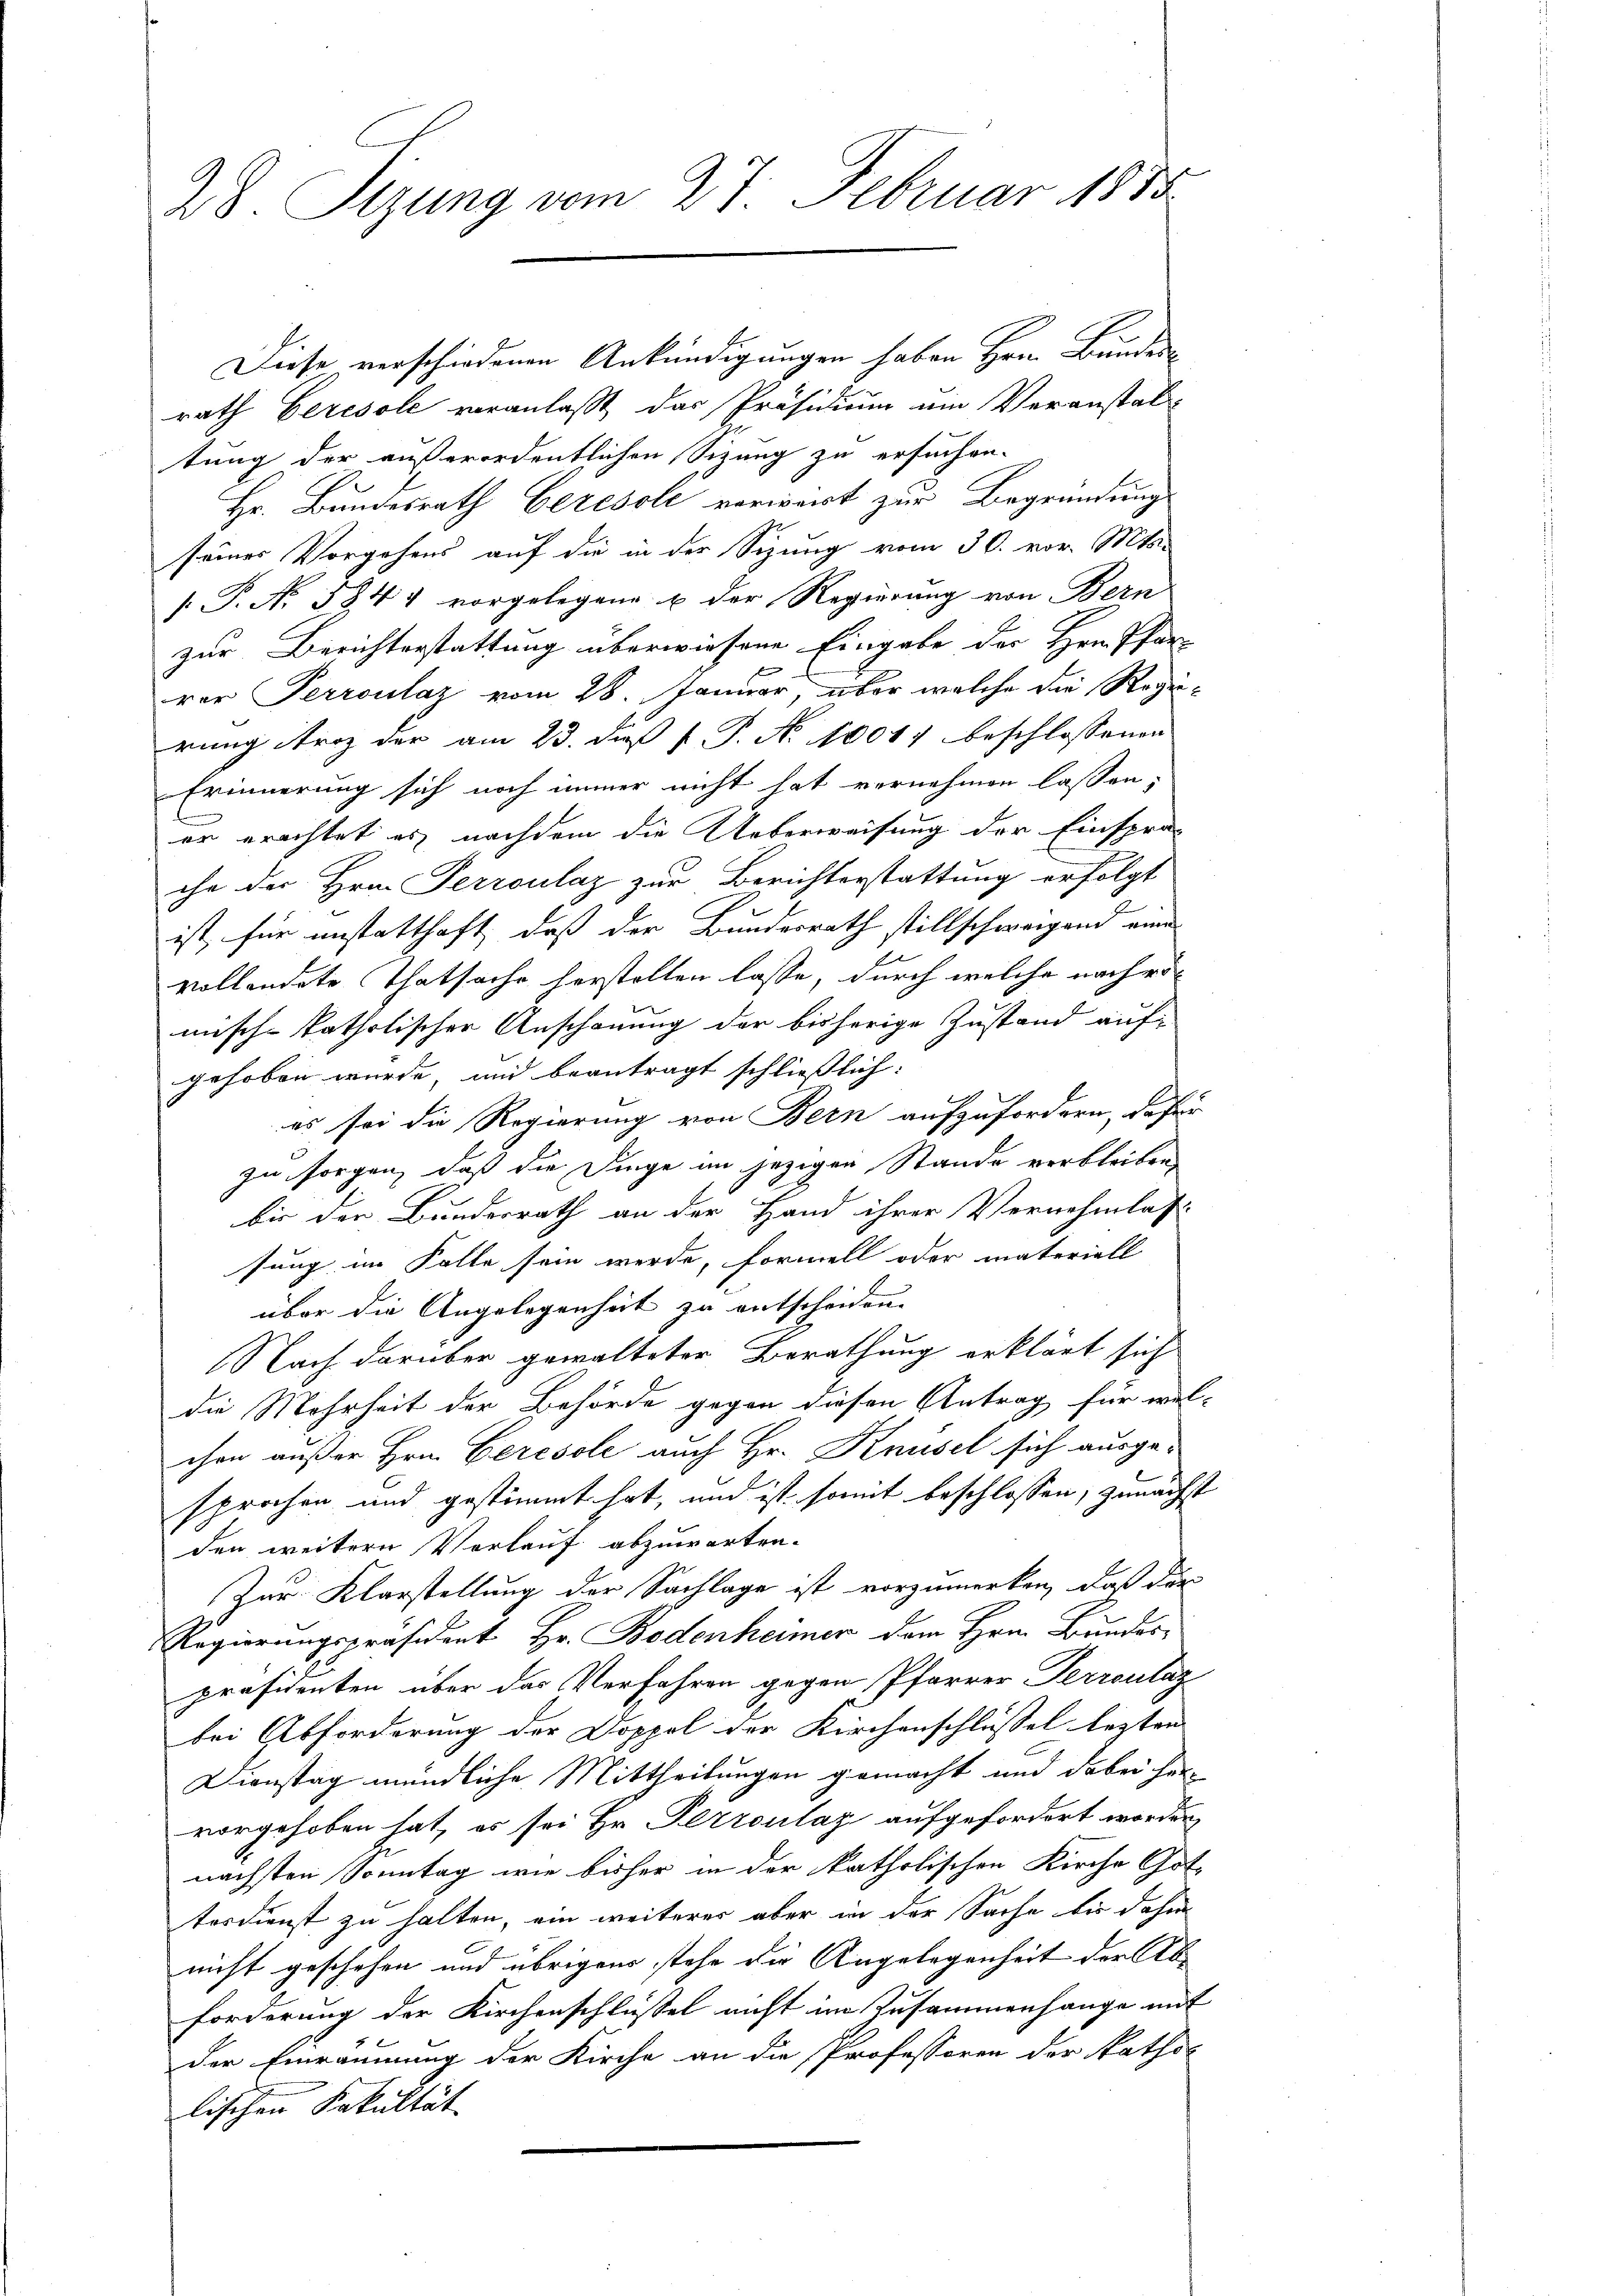
28. Sizung vom 27. Februar 1885.

Diese verschiedenen Ankündigungen haben Hrn. Bundes-
rath beresole veranlaßt, das Präsidium um Veranstal-
tung der außerordentlichen Sizung zu ersuchen.
Hr. Bundesrath Ceresoll verwert zur Begründung
seines Vorgehens auf die in der Sizung vom 30. vor. Mts.
[ P. Nr. 5844 vorgelegene & der Regierung von Bern
zur Berichterstattung überwiesene Eingabe der Hrn. Pfarrer Perroulaz vom 28. Januar, über welche die Regierung trotz der am 23. daß P. P. No 10017 beschlossenen
Erinnerung sich noch immer nicht hat vernehmen lassen;
er erachtet es nachdem die Ueberweisung der Einspra-
che der Hrn. Perroulaz zur Berichterstattung erfolgt
2
ist, für anstatthaft, daß der Bundesrath stillschweigen ein
vollendete Thatsache herstalten lasse, durch welche nach römisch-katholischer Anschauung der bisherige Zustand aufgehoben wurde, und beantragt schließlich:
es sei die Regierung von Bern aufzufordern, dafür
zu sorgen, daß die Finge im jezigen Stande verbleiben,
bis der Bundesrath an der Hand ihrer Vernehmlass
sung im Falle sein werde, formell oder materiell
über die Angelegenheit zu entscheiden.
Nach darüber gewalteter Berathung erklärt sich
die Mehrheit der Behörde gegen diesen Antrag für wel-
chen außer Hrn. Ceresole auch Hr. Knüsel sich ausgesprochen und gestimmt hat, und ist somit beschlossen, zunächst
den weitern Vorlauf abzuwarten.
Zur Klarstellung der Sachlage ist vorzumerken, daß die
Regierungspräsident Hr. Bodenheimer dem Hrn. Bundes-
präsidenten über das Verfahren gegen Pfarrer Perroulaz
bei Abforderung der Doppel der Kirchenschlüssel legten
Dienstag mündliche Mittheilungen gemacht und dabei hervorgehoben hat, es sei Hr. Perroulaz aufgefordert worden,
nächsten Sonntag wie bisher in der katholischen Kirche Gotterdienst zu halten, ein weiterer aber in der Sache bis dahin
nicht geschehen und übrigens stehe die Angelegenheit der Ab¬
Forderung der Kirchenschlüssel nicht im Zusammenhange mit
der Einräumung der Kirche an die Professoren der katho-
lischen Fakultät. |